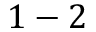
1 - 2